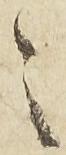
々